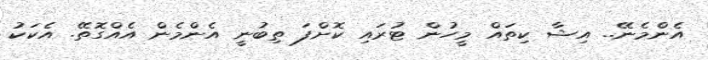
އެންމެނޭ.. އިޝާ ކިތައް މީހުން ޓުރައި ކޮށްފަ ތިބުނީ އެންމެން އެއްގޮތޭ. އެކަކު